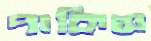
পাকিস